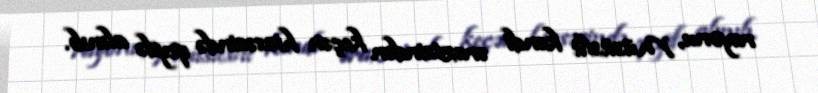
rayonu, Müsüslü kəndi ərazisindən keçən hissəsində qeydə alınıb.